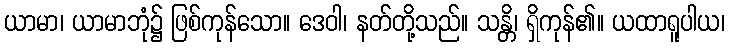
ယာမာ၊ ယာမာဘုံ၌ ဖြစ်ကုန်သော။ ဒေဝါ၊ နတ်တို့သည်။ သန္တိ၊ ရှိကုန်၏။ ယထာရူပါယ၊